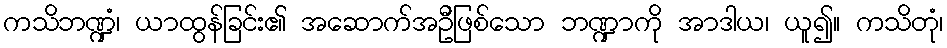
ကသိဘဏ္ဍံ၊ ယာထွန်ခြင်း၏ အဆောက်အဦဖြစ်သော ဘဏ္ဍာကို အာဒါယ၊ ယူ၍။ ကသိတုံ၊